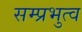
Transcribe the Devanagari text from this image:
सम्प्रभुत्व